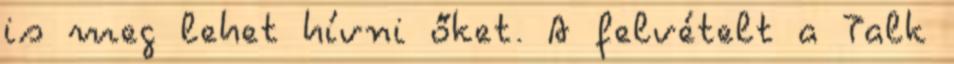
is meg lehet hívni őket. A felvételt a Talk